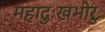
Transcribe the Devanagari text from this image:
महादुःखभीरुः